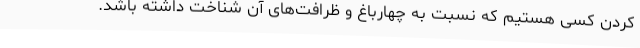
کردن کسی هستیم که نسبت به چهارباغ و ظرافت‌های آن شناخت داشته باشد.